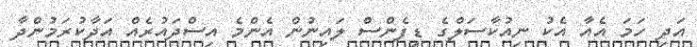
އަދި ހަމަ އެއާ އެކު ނިއުކާސަލްގެ ޑިފެންސް ލައިނުން އެންމެ އިސްދައުރެއް އަދާކުރަމުންދާ